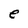
Character: e